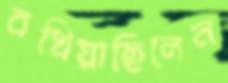
বখিয়াছিলেন